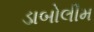
ડાબોલીમ